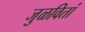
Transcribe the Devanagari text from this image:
जुळवितां